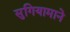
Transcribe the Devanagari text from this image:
सुगियामाने